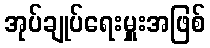
အုပ်ချုပ်ရေးမှူးအဖြစ်